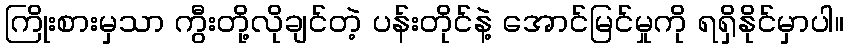
ကြိုးစားမှသာ ကွီးတို့လိုချင်တဲ့ ပန်းတိုင်နဲ့ အောင်မြင်မှုကို ရရှိနိုင်မှာပါ။